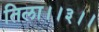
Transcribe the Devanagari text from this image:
तिला।।३।।